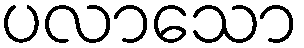
ပလာသော